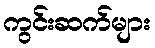
ကွင်းဆက်များ